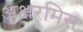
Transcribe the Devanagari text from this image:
अक्षरमिस